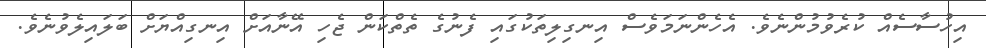
އިހުސާސެއް ކުރެވުމުންނެވެ. އެހެންނަމަވެސް އިނގިލިތަކުގައި ފެނުގެ ތެތްކަން ޖެހި އޭނާއަށް އިނގިއްޔަށް ބަލައިލެވުނެވެ.